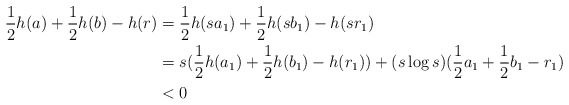
\begin{align*}\frac12 h(a) + \frac12 h(b) - h(r)&= \frac12 h(sa_1) + \frac12 h(sb_1) - h(sr_1)\\&= s (\frac12 h(a_1) + \frac12 h(b_1) - h(r_1)) + (s\log s)( \frac12a_1 + \frac12 b_1 - r_1)\\&< 0\end{align*}